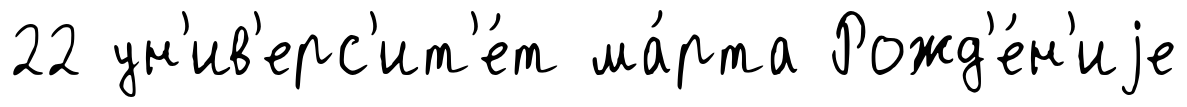
22 ун'ив'ерс'ит'е́т ма́рта Рожд'е́н'иjе